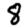
Digit: 8